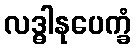
လဒ္ဓါနုပေက္ခံ